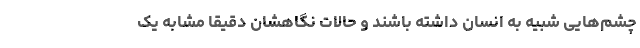
چشم‌هایی شبیه به انسان داشته باشند و حالات نگاهشان دقیقا مشابه یک